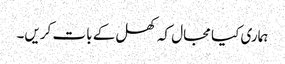
ہماری کیا مجال کہ کھل کے بات کریں۔